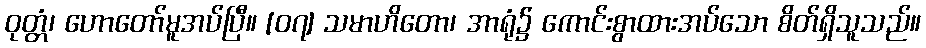
ဝုတ္တံ၊ ဟောတော်မူအပ်ပြီ။ [၀၇] သမာဟိတော၊ အာရုံ၌ ကောင်းစွာထားအပ်သော စိတ်ရှိသူသည်။